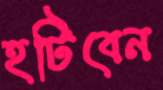
হটিবেন